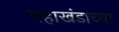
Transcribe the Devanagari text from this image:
महाखंडाच्या